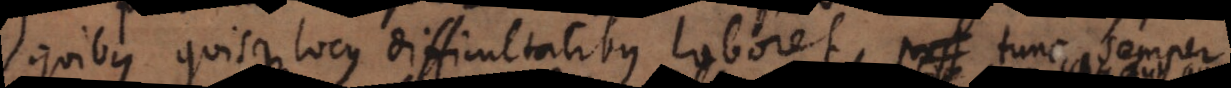
quibus quisque locus difficultatibus laboret, tunc semper